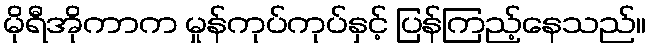
မိုရီအိုကာက မှုန်ကုပ်ကုပ်နှင့် ပြန်ကြည့်နေသည်။